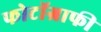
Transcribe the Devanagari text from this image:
फोटॉग्राफी